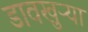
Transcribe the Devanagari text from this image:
डावखुऱ्या